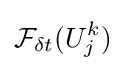
{\mathcal {F}}_{\delta t}(U_{j}^{k})